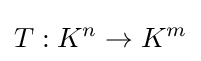
T:K^{n}\to K^{m}